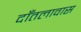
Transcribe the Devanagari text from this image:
दाँतलावास